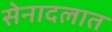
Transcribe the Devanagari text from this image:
सेनादलात